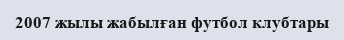
2007 жылы жабылған футбол клубтары